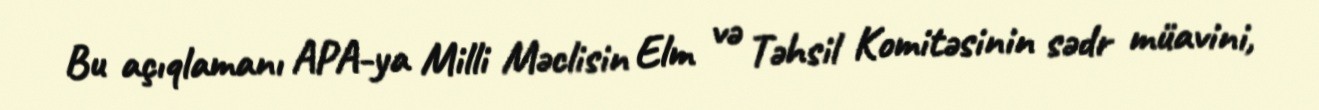
Bu açıqlamanı APA-ya Milli Məclisin Elm və Təhsil Komitəsinin sədr müavini,